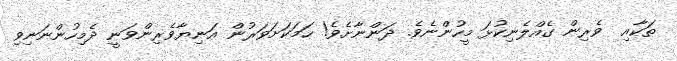
ތަކާއި  ވެރިން ގެއްލެނިކުޅަ މީހުންނެވެ. ދަންނާށެވެ! ހަމަކަށަވަރުން އަނިޔާވެރިންވަނީ ދެމިހުންނަނިވި